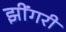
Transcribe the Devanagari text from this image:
झींगरी